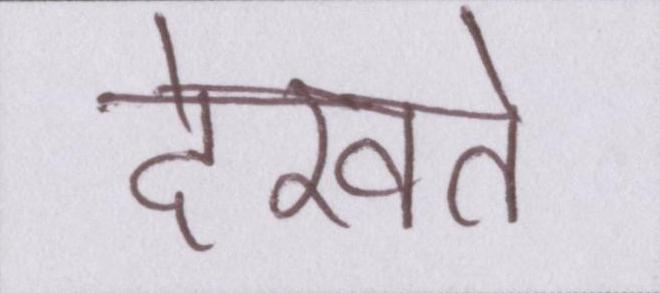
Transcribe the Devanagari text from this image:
देखते